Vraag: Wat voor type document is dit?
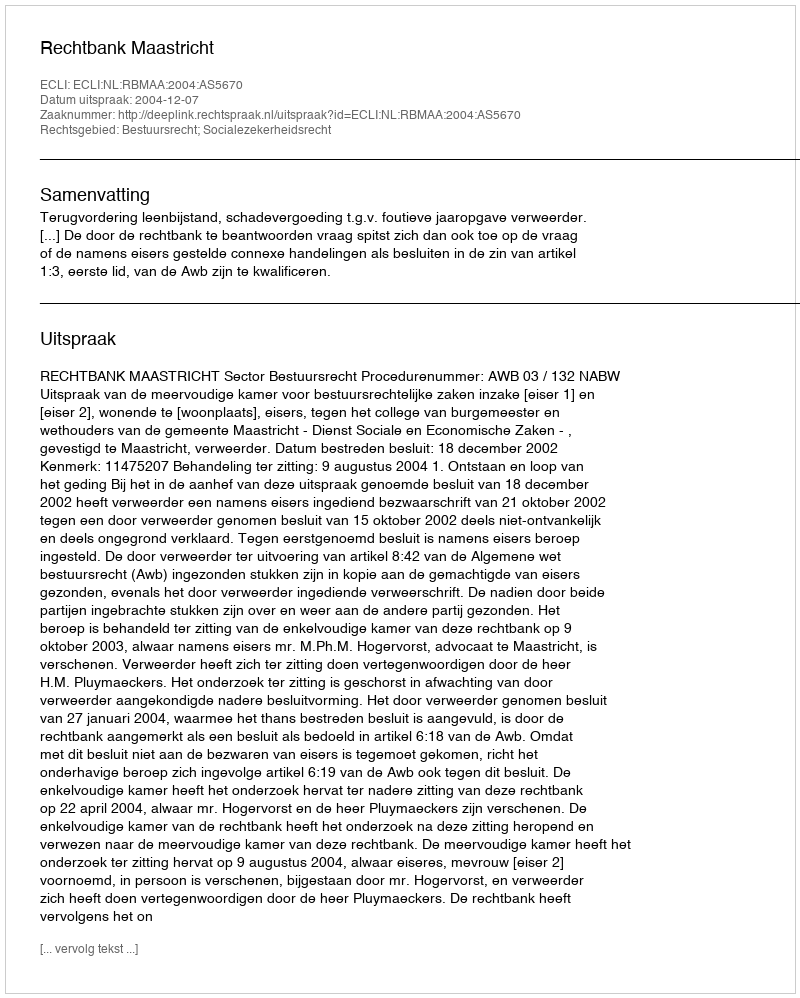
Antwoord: Uitspraak